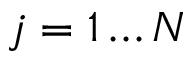
j = 1 \ldots N